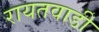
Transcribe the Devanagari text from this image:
रायतवाडी